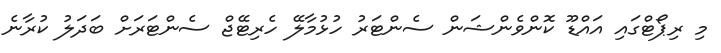
މި ރިޕޯޓްގައި އައްޑޫ ކޮންވެންޝަން ސެންޓަރު ހުޅުމާލޭ ހެރިޓޭޖް ސެންޓަރަށް ބަދަލު ކުރާނެ